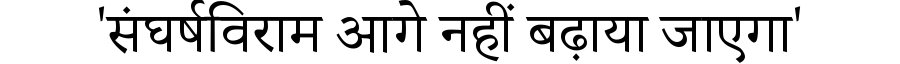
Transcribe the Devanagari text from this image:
'संघर्षविराम आगे नहीं बढ़ाया जाएगा'